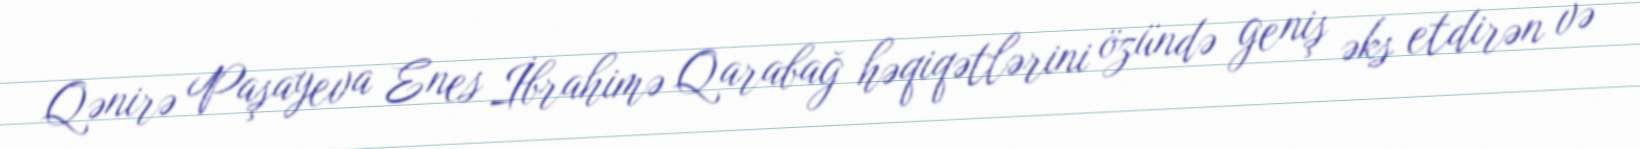
Qənirə Paşayeva Enes İbrahimə Qarabağ həqiqətlərini özündə geniş əks etdirən və